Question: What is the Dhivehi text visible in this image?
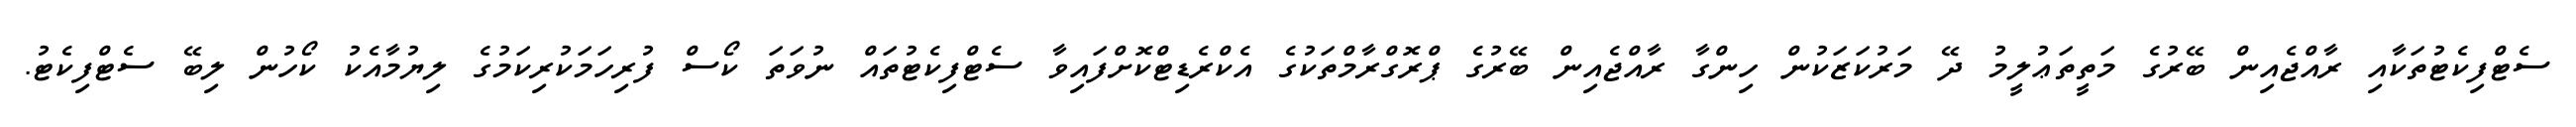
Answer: ސެޓްފިކެޓުތަކާއި ރާއްޖެއިން ބޭރުގެ މަތީތަޢުލީމު ދޭ މަރުކަޒަކުން ހިންގާ ރާއްޖެއިން ބޭރުގެ ޕްރޮގްރާމްތަކުގެ އެކްރެޑިޓްކޮށްފައިވާ ސެޓްފިކެޓުތައް ނުވަތަ ކޯސް ފުރިހަމަކުރިކަމުގެ ލިޔުމާއެކު ކޯހުން ލިބޭ ސެޓްފިކެޓު.